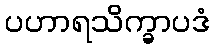
ပဟာရသိက္ခာပဒံ